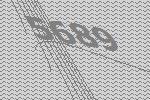
5689